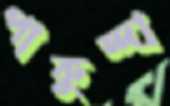
পাকুন্দা